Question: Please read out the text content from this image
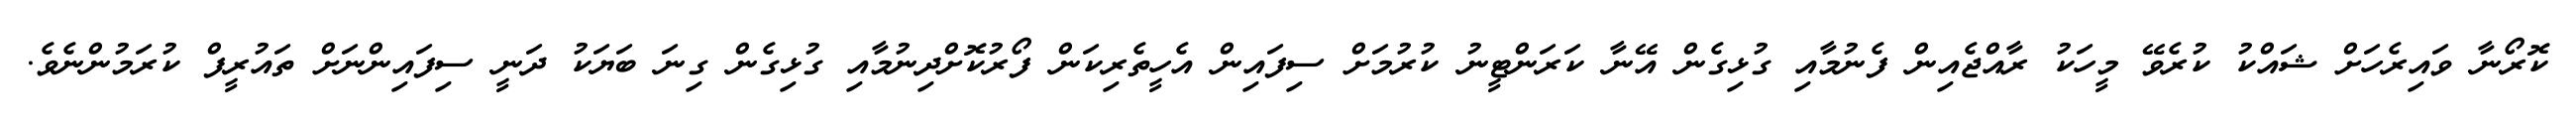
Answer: ކޮރޯނާ ވައިރެހަށް ޝައްކު ކުރެވޭ މީހަކު ރާއްޖެއިން ފެނުމާއި ގުޅިގެން އޭނާ ކަރަންޓީނު ކުރުމަށް ސިފައިން އެހީތެރިކަން ފޯރުކޮށްދިނުމާއި ގުޅިގެން ގިނަ ބަޔަކު ދަނީ ސިފައިންނަށް ތައުރީފް ކުރަމުންނެވެ.